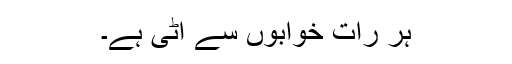
ہر رات خوابوں سے اٹی ہے۔